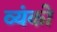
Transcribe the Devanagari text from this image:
व्यंको